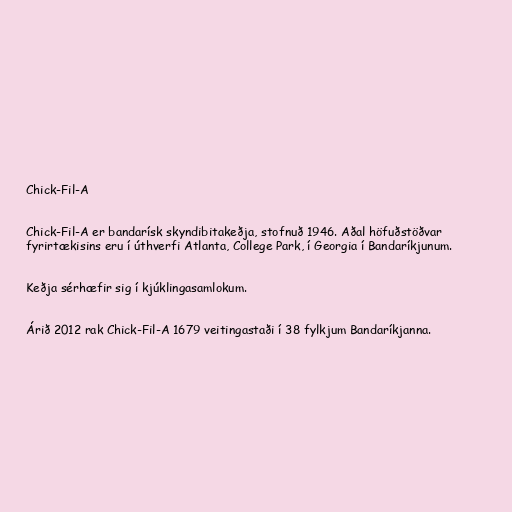
Chick-Fil-A

Chick-Fil-A er bandarísk skyndibitakeðja, stofnuð 1946. Aðal höfuðstöðvar
fyrirtækisins eru í úthverfi Atlanta, College Park, í Georgia í Bandaríkjunum.

Keðja sérhæfir sig í kjúklingasamlokum.

Árið 2012 rak Chick-Fil-A 1679 veitingastaði í 38 fylkjum Bandaríkjanna.